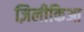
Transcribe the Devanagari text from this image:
ज़िलीकिआ